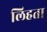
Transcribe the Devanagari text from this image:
लिहता